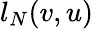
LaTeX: l_{N}(v,u)